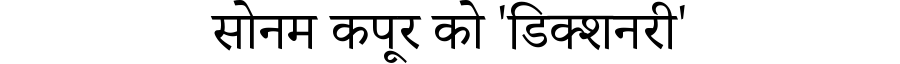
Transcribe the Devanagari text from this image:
सोनम कपूर को 'डिक्शनरी'